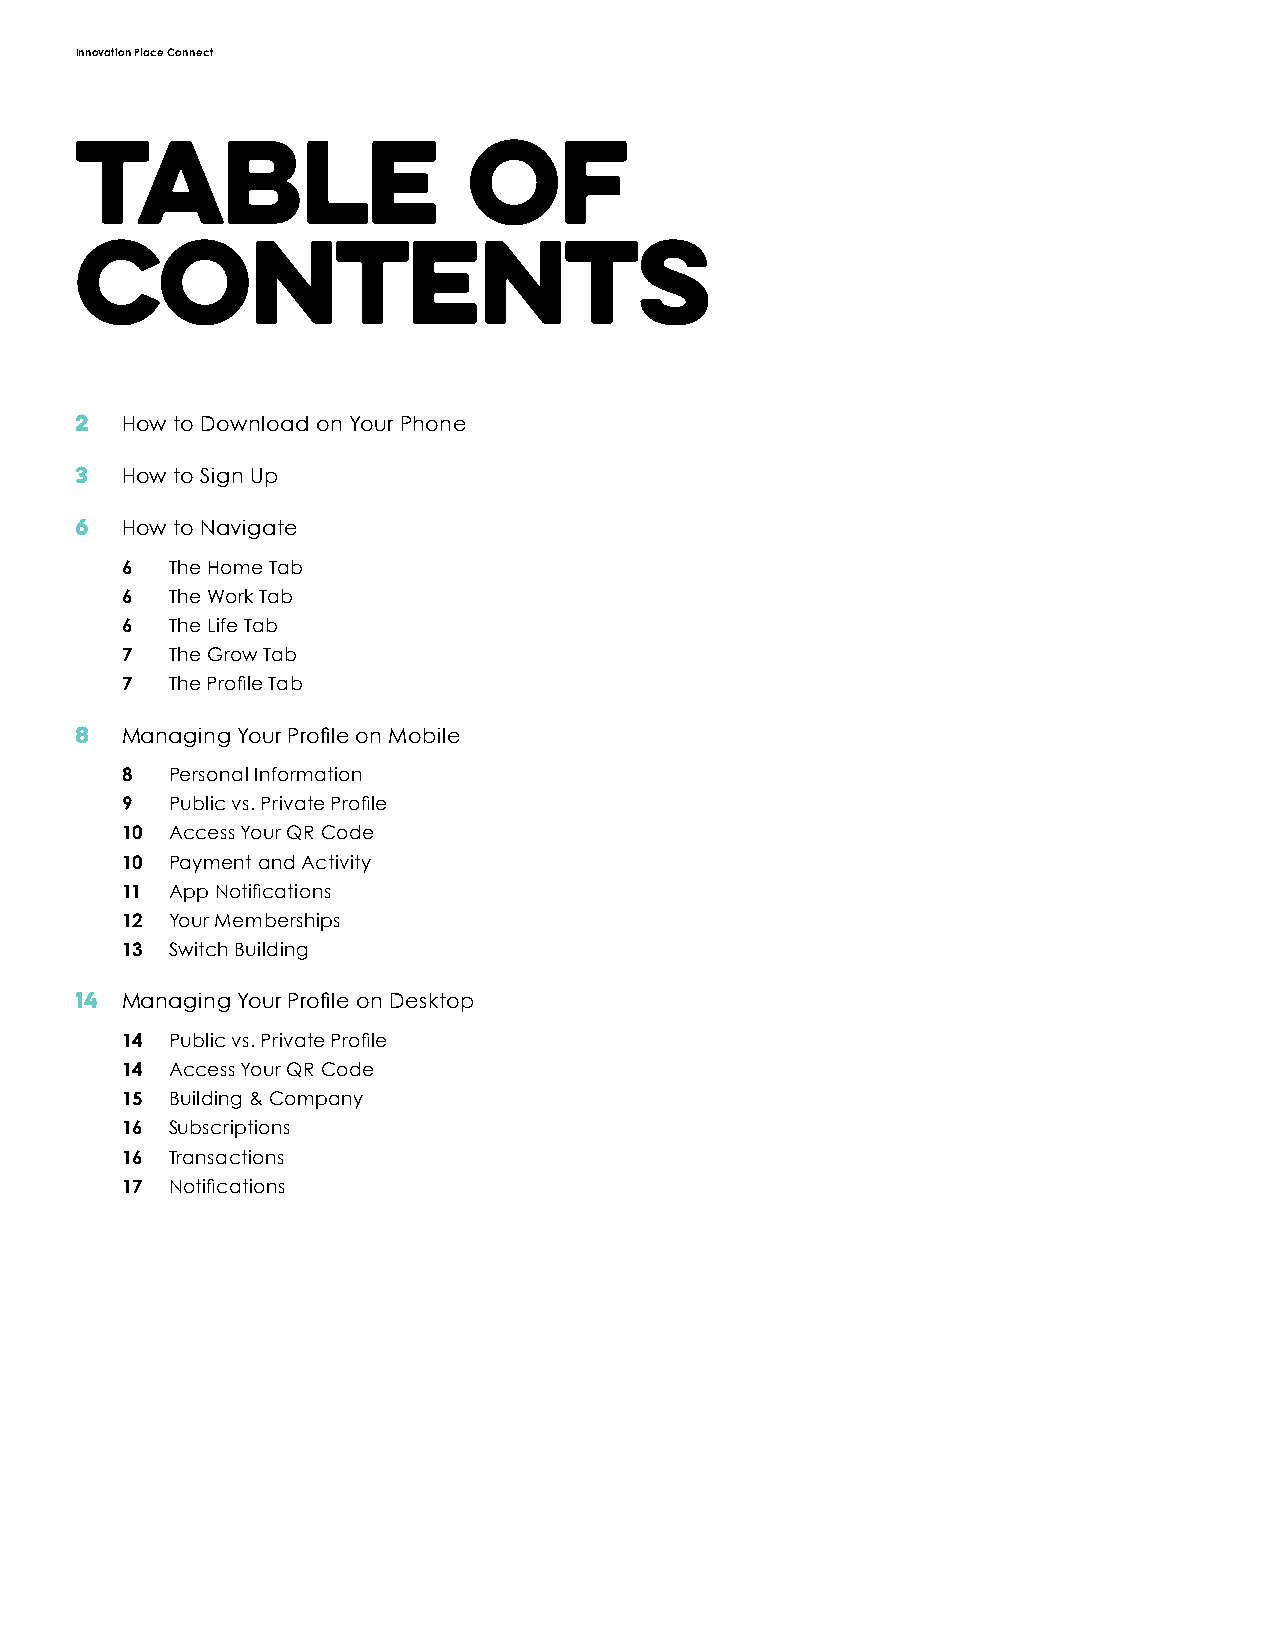
Innovation Place Connect
 Table                     of
 Contents
 2  How to Download on Your Phone
 3  How to Sign Up
 6  How to Navigate
 6  The Home Tab
 6  The Work Tab
 6  The Life Tab
 7  The Grow Tab
 7  The Profile Tab
 8  Managing Your Profile on Mobile
 8  Personal Information
 9  Public vs. Private Profile
 10 Access Your QR Code
 10 Payment and Activity
 11 App Notifications
 12 Your Memberships
 13 Switch Building
 14 Managing Your Profile on Desktop
 14 Public vs. Private Profile
 14 Access Your QR Code
 15 Building & Company
 16 Subscriptions
 16 Transactions
 17 Notifications